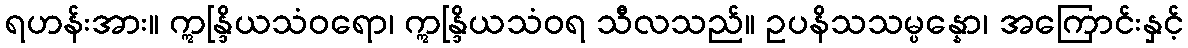
ရဟန်းအား။ ဣန္ဒြိယသံဝရော၊ ဣန္ဒြိယသံဝရ သီလသည်။ ဥပနိသသမ္ပန္နော၊ အကြောင်းနှင့်